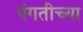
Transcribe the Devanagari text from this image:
पंगतीच्या